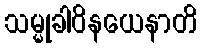
သမ္မုခါဝိနယေနာတိ